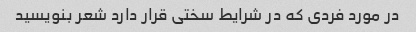
در مورد فردی که در شرایط سختی قرار دارد شعر بنویسید